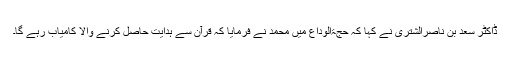
ڈاکٹر سعد بن ناصرالشتری نے کہا کہ حجۃالوداع میں محمدؐ نے فرمایا کہ قرآن سے ہدایت حاصل کرنے والا کامیاب رہے گا۔